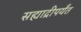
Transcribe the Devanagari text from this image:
सह्याद्रीपर्यंत